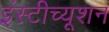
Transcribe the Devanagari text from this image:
इंस्‍टीच्‍यूशन